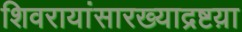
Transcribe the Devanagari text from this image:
शिवरायांसारख्याद्रष्टय़ा